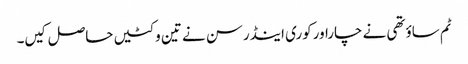
ٹم ساؤتھی نے چاراورکوری اینڈرسن نے تین وکٹیں حاصل کیں۔